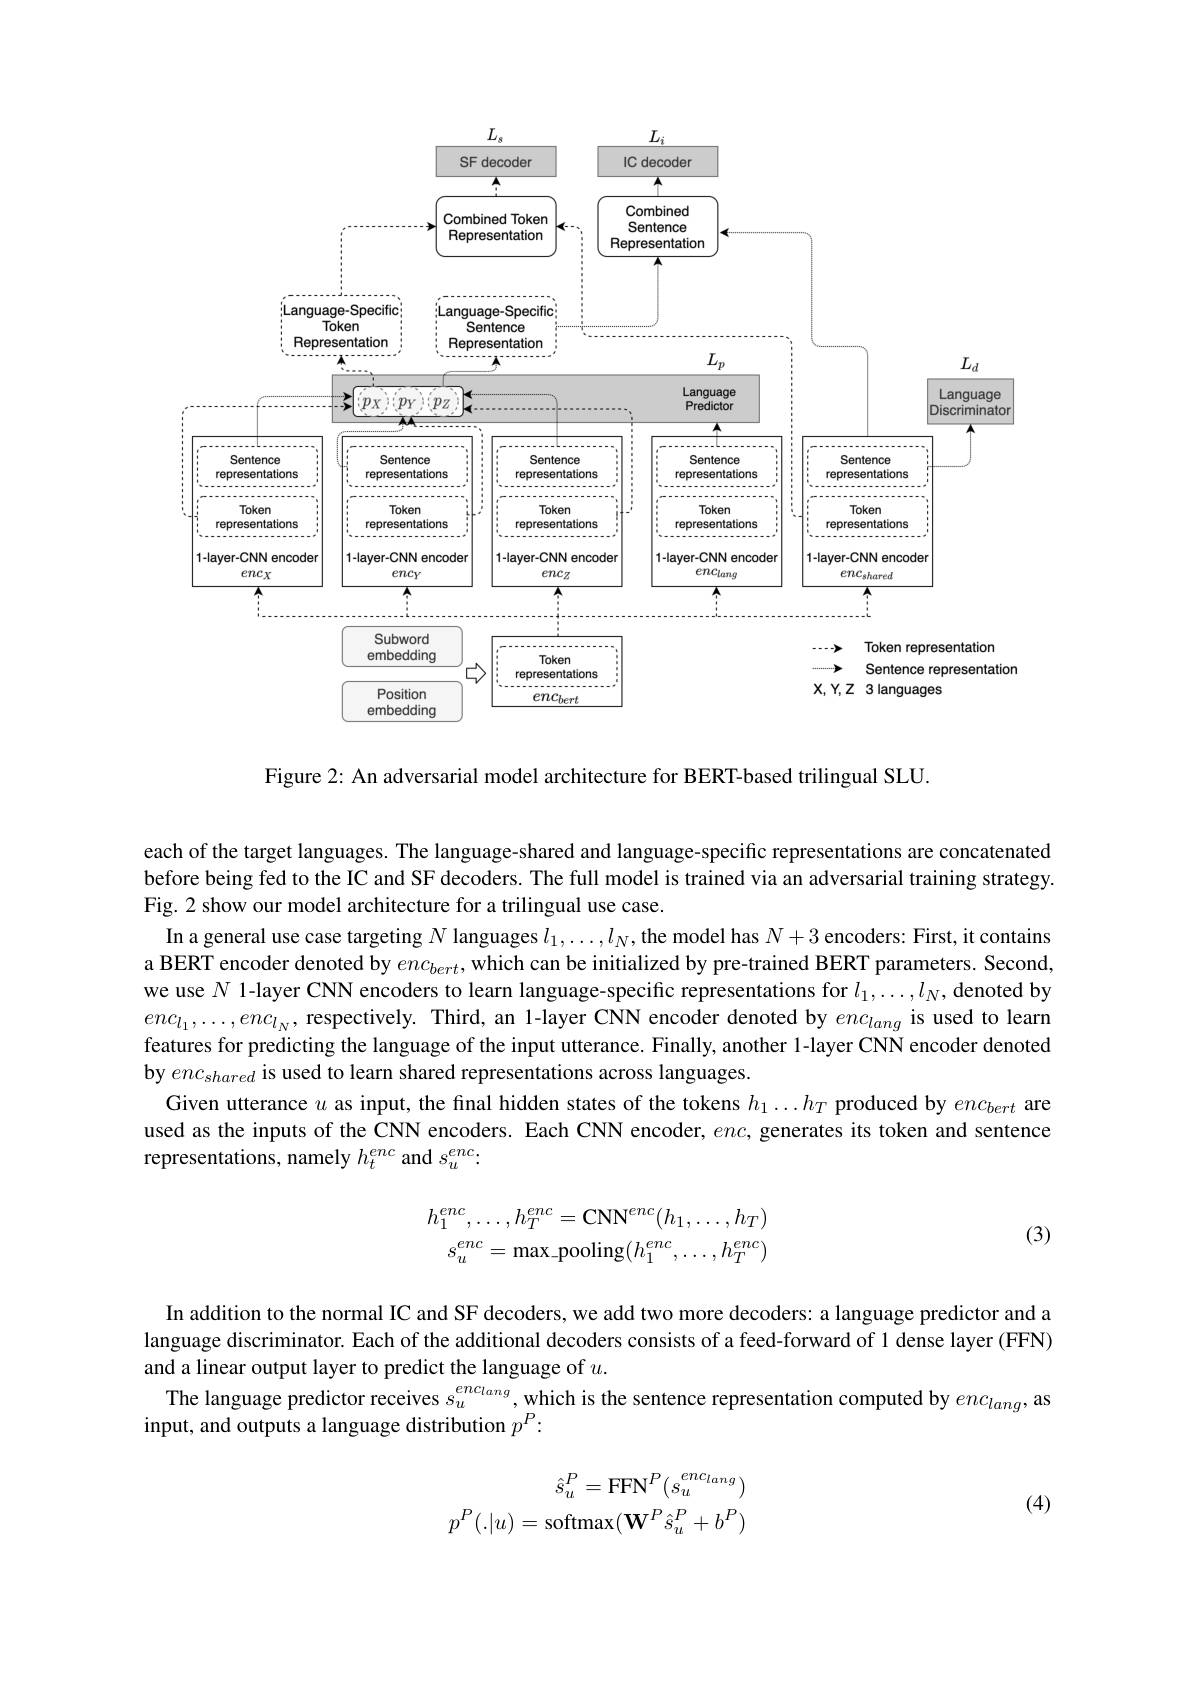
<FigureHere>

Figure 2: An adversarial model architecture for BERT-based trilingual SLU.

each of the target languages. The language-shared and language-specific representations are concatenated before being fed to the IC and SF decoders. The full model is trained via an adversarial training strategy. Fig. 2 show our model architecture for a trilingual use case.
In a general use case targeting $N$ languages $l_1,\ldots,l_N$, the model has $N+3$ encoders: First, it contains a BERT encoder denoted by $enc_{bert}$, which can be initialized by pre-trained BERT parameters. Second, we use $N$ 1-layer CNN encoders to learn language-specific representations for $l_1,\ldots,l_N$, denoted by $enc_{l_1},\ldots,enc_{l_N}$, respectively. Third, an l-layer CNN encoder denoted by $enc_{lang}$ is used to learn features for predicting the language of the input utterance. Finally, another 1-layer CNN encoder denoted by $enc_{shared}$ is used to learn shared representations across languages.
Given utterance $u$ as input, the final hidden states of the tokens $h_1\ldots h_T$ produced by $enc_{bert}$ are used as the inputs of the CNN encoders. Each CNN encoder, $enc$, generates its token and sentence representations, namely $h_t^{enc}$ and $s_u^{enc}.$
$$h_{1}^{enc},\ldots,h_{T}^{enc}=\mathrm{CNN}^{enc}(h_{1},\ldots,h_{T})\\s_{u}^{enc}=\mathrm{max_pooling}(h_{1}^{enc},\ldots,h_{T}^{enc})$$
(3)

In addition to the normal IC and SF decoders, we add two more decoders: a language predictor and a language discriminator. Each of the additional decoders consists of a feed-forward of 1 dense layer (FFN) and a linear output layer to predict the language of $u.$
The language predictor receives $s_u^{enclang}$, which is the sentence representation computed by $enc_{lang}$, as
input, and outputs a language distribution $p^P:$

(4)
$$\hat{s}_{u}^{P}=\mathrm{FFN}^{P}(s_{u}^{enc_{lang}})\\p^{P}(.|u)=\mathrm{softmax}(\mathbf{W}^{P}\hat{s}_{u}^{P}+b^{P})$$